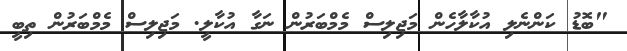
"ބޮޑު ކަންނެލި އުކާލާހެން މަޖިލިސް މެމްބަރުން ނަގާ އުކާލީ. މަޖިލިސް މެމްބަރުން ތިބީ